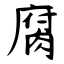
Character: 腐